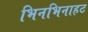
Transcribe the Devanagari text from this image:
भिनभिनाहट